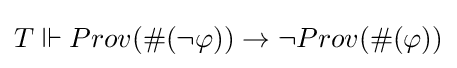
T\Vdash Prov(\#(\neg \varphi ))\rightarrow \neg Prov(\#(\varphi ))